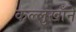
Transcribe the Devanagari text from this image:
कल्लुखाँने